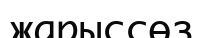
жарыссөз